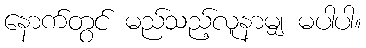
နောက်တွင် မည်သည့်လူနာမျှ မပါပါ။